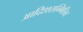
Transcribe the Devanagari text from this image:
आदिश्श्सम्मिलित